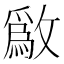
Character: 𫿒